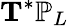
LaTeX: \mathbf{T}^{*}\mathbb{P}_{L}